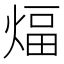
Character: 煏